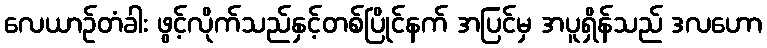
လေယာဉ်တံခါး ဖွင့်လိုက်သည်နှင့်တစ်ပြိုင်နက် အပြင်မှ အပူရှိန်သည် ဒလဟော